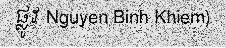
ផ្លូវ Nguyen Binh Khiem)